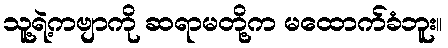
သူ့ရဲ့ကဗျာကို ဆရာမတို့က မထောက်ခံဘူး။